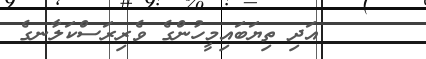
އަދި ތިޔަބައިމީހުންގެ ވެރިރަސްކަލާނގެ